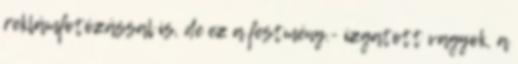
reklámfotózással is, de ez a festmény.- izgatott vagyok, a